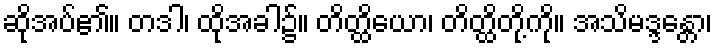
ဆိုအပ်၏။ တဒါ၊ ထိုအခါ၌။ တိတ္ထိယော၊ တိတ္ထိတို့ကို။ အသိမဒ္ဒန္တော၊